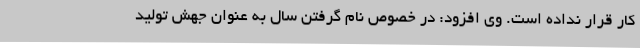
کار قرار نداده است. وی افزود: در خصوص نام گرفتن سال به عنوان جهش تولید